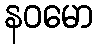
နဝမော